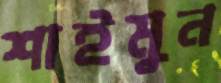
শাইমুন